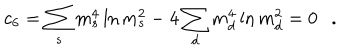
c _ { 6 } = \sum _ { s } m _ { s } ^ { 4 } \ln m _ { s } ^ { 2 } - 4 \sum _ { d } m _ { d } ^ { 4 } \ln m _ { d } ^ { 2 } = 0 .